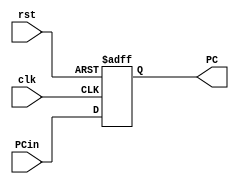
module PC(input clk, rst, input [7:0] PCin, output reg [7:0] PC);

	always @ (posedge clk, negedge rst)
		if (!rst)
			PC <= 8'h00;
		else
			PC <= PCin;
endmodule